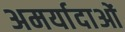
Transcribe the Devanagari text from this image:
अमर्यादाओं